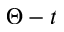
\Theta - t